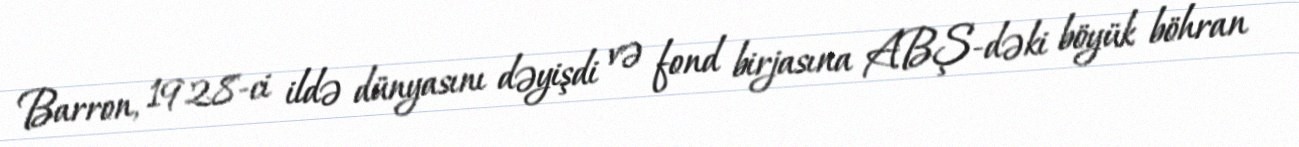
Barron, 1928-ci ildə dünyasını dəyişdi və fond birjasına ABŞ-dəki böyük böhran